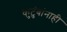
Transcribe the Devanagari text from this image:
कुटुंबांनाही